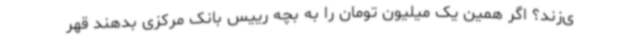
ی‌زند؟ اگر همین یک میلیون تومان را به بچه رییس بانک مرکزی بدهند قهر